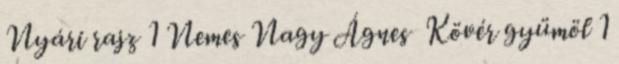
Nyári rajz 1 Nemes Nagy Ágnes Kövér gyümöl 1